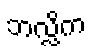
ဘလ္လိက